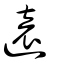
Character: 遠